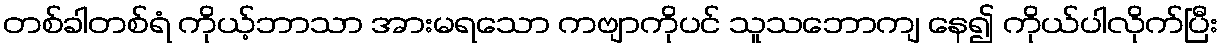
တစ်ခါတစ်ရံ ကိုယ့်ဘာသာ အားမရသော ကဗျာကိုပင် သူသဘောကျ နေ၍ ကိုယ်ပါလိုက်ပြီး